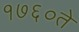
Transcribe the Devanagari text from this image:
१७६०ते